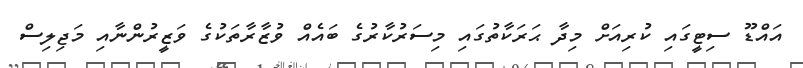
އައްޑޫ ސިޓީގައި ކުރިއަށް މިދާ ޙަރަކާތުގައި މިސަރުކާރުގެ ބައެއް ވުޒާރާތަކުގެ ވަޒީރުންނާއި މަޖިލިސް